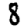
Digit: 8